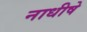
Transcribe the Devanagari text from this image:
नाधीषे